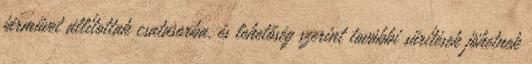
járművet állítottak csatasorba, és lehetőség szerint további sűrítések jöhetnek